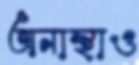
অনাস্থাও